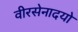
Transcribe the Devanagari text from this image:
वीरसेनादयो